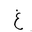
Letter: _gayn